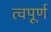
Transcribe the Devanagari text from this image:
त्वपूर्ण